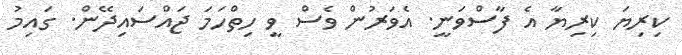
ކިރިޔަ ކިރިޔާ އެ ފާސްވަނީ. އެވަރުން ވެސް ވީ ހިތްހަމަ ޖައްސައިދޭން. ގައިމު